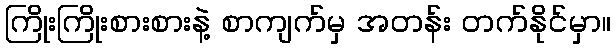
ကြိုးကြိုးစားစားနဲ့ စာကျက်မှ အတန်း တက်နိုင်မှာ။